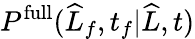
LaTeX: P^{\mathrm{full}}(\widehat{L}_{f},t_{f}|\widehat{L},t)